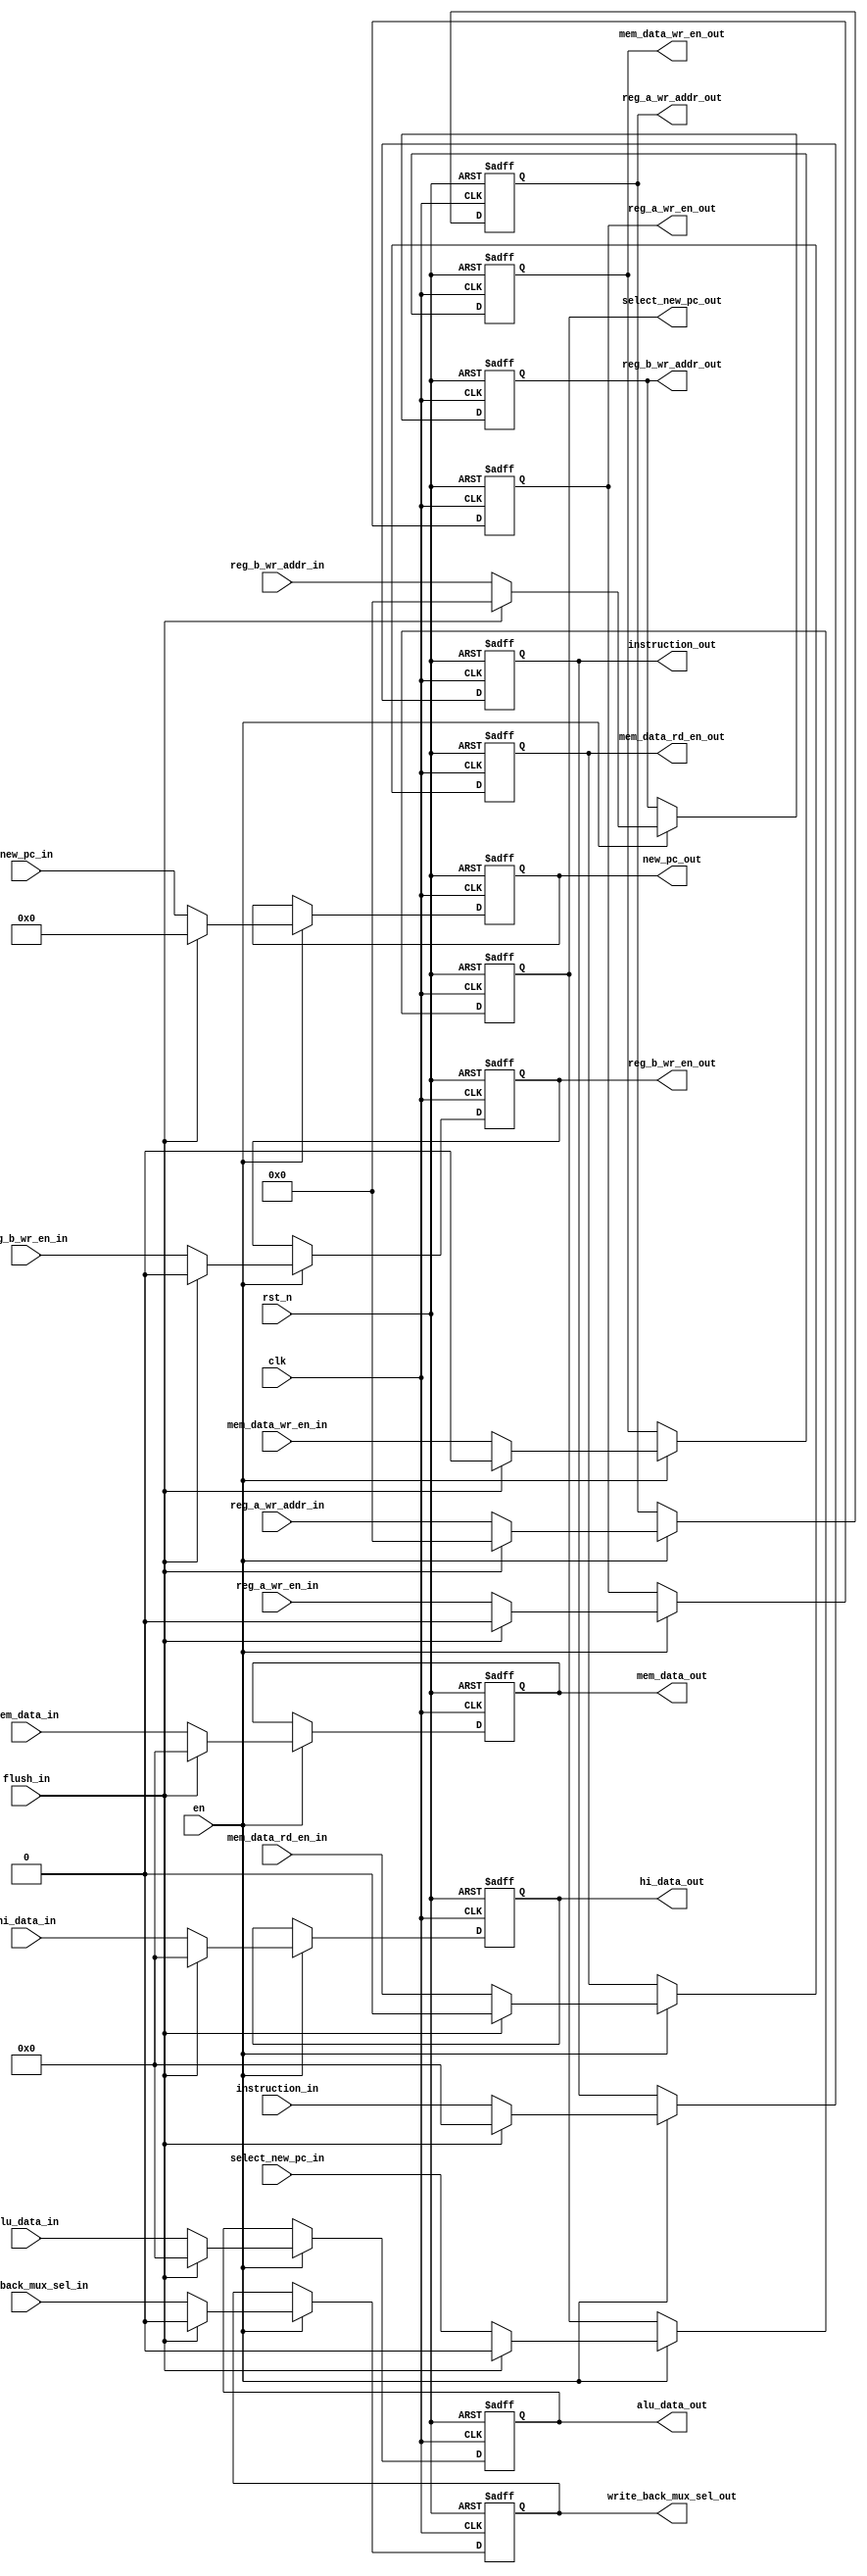
module ex_mem_reg
#(
   parameter PC_WIDTH = 20,
   parameter DATA_WIDTH = 32,
   parameter INSTRUCTION_WIDTH = 32,
   parameter REG_ADDR_WIDTH = 5
)
(
   input clk,
   input rst_n,
   input en,
   input flush_in,
   input mem_data_rd_en_in,
   input mem_data_wr_en_in,
   input [DATA_WIDTH-1:0] mem_data_in,
   input [DATA_WIDTH-1:0] alu_data_in, 
   input [DATA_WIDTH-1:0] hi_data_in, 
   input [REG_ADDR_WIDTH-1:0] reg_a_wr_addr_in,
   input [REG_ADDR_WIDTH-1:0] reg_b_wr_addr_in,
   input reg_a_wr_en_in,
   input reg_b_wr_en_in,
   input write_back_mux_sel_in,
   input select_new_pc_in,
   input [PC_WIDTH-1:0] new_pc_in,
   input [INSTRUCTION_WIDTH-1:0] instruction_in,
   output reg mem_data_rd_en_out,
   output reg mem_data_wr_en_out,
   output reg [DATA_WIDTH-1:0] mem_data_out,
   output reg [DATA_WIDTH-1:0] alu_data_out, 
   output reg [DATA_WIDTH-1:0] hi_data_out, 
   output reg [REG_ADDR_WIDTH-1:0] reg_a_wr_addr_out,
   output reg [REG_ADDR_WIDTH-1:0] reg_b_wr_addr_out,
   output reg reg_a_wr_en_out,
   output reg reg_b_wr_en_out,
   output reg write_back_mux_sel_out,
   output reg select_new_pc_out,
   output reg [PC_WIDTH-1:0] new_pc_out,
   output reg [INSTRUCTION_WIDTH-1:0] instruction_out
);
always@(posedge clk, negedge rst_n)begin
   if(!rst_n)begin
      mem_data_rd_en_out <= 0;
      mem_data_wr_en_out <= 0;
      mem_data_out <= 0;
      alu_data_out <= 0;
      hi_data_out <= 0;
      reg_a_wr_addr_out <= 0;
      reg_b_wr_addr_out <= 0;
      reg_a_wr_en_out <= 0;
      reg_b_wr_en_out <= 0;
      write_back_mux_sel_out <= 0;
      select_new_pc_out <= 0;
      new_pc_out <= 0;
      instruction_out <= 0;
   end
   else if(en) begin
      if(flush_in)begin
          mem_data_rd_en_out <= 0;
          mem_data_wr_en_out <= 0;
          mem_data_out <= 0;
          alu_data_out <= 0;
          hi_data_out <= 0;
          reg_a_wr_addr_out <= 0;
          reg_b_wr_addr_out <= 0;
          reg_a_wr_en_out <= 0;
          reg_b_wr_en_out <= 0;
          write_back_mux_sel_out <= 0;
          select_new_pc_out <= 0;
          new_pc_out <= 0;
          instruction_out <= 0;
      end
      else begin
          mem_data_rd_en_out <= mem_data_rd_en_in;
          mem_data_wr_en_out <= mem_data_wr_en_in;
          mem_data_out <= mem_data_in;
          alu_data_out <= alu_data_in;
          hi_data_out <= hi_data_in;
          reg_a_wr_addr_out <= reg_a_wr_addr_in;
          reg_b_wr_addr_out <= reg_b_wr_addr_in;
          reg_a_wr_en_out <= reg_a_wr_en_in;
          reg_b_wr_en_out <= reg_b_wr_en_in;
          write_back_mux_sel_out <= write_back_mux_sel_in;
          select_new_pc_out <= select_new_pc_in;
          new_pc_out <= new_pc_in;
          instruction_out <= instruction_in;
      end
   end
end
endmodule